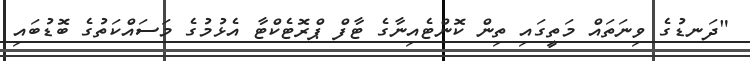
"ދަނޑުގެ ވިނަތައް މަތީގައި ތިން ކޮންޓެއިނާގެ ޓާފް ޕްރޮޓެކްޓާ އެޅުމުގެ މަސައްކަތުގެ ބޮޑުބައި